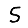
Digit: 5